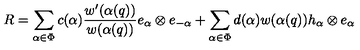
R = \sum _ { \alpha \in \Phi } c ( \alpha ) \frac { w ^ { \prime } ( \alpha ( q ) ) } { w ( \alpha ( q ) ) } e _ { \alpha } \otimes e _ { - \alpha } + \sum _ { \alpha \in \Phi } d ( \alpha ) w ( \alpha ( q ) ) h _ { \alpha } \otimes e _ { \alpha }